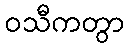
ဝသီကတွာ